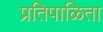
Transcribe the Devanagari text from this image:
प्रतिपाळिता